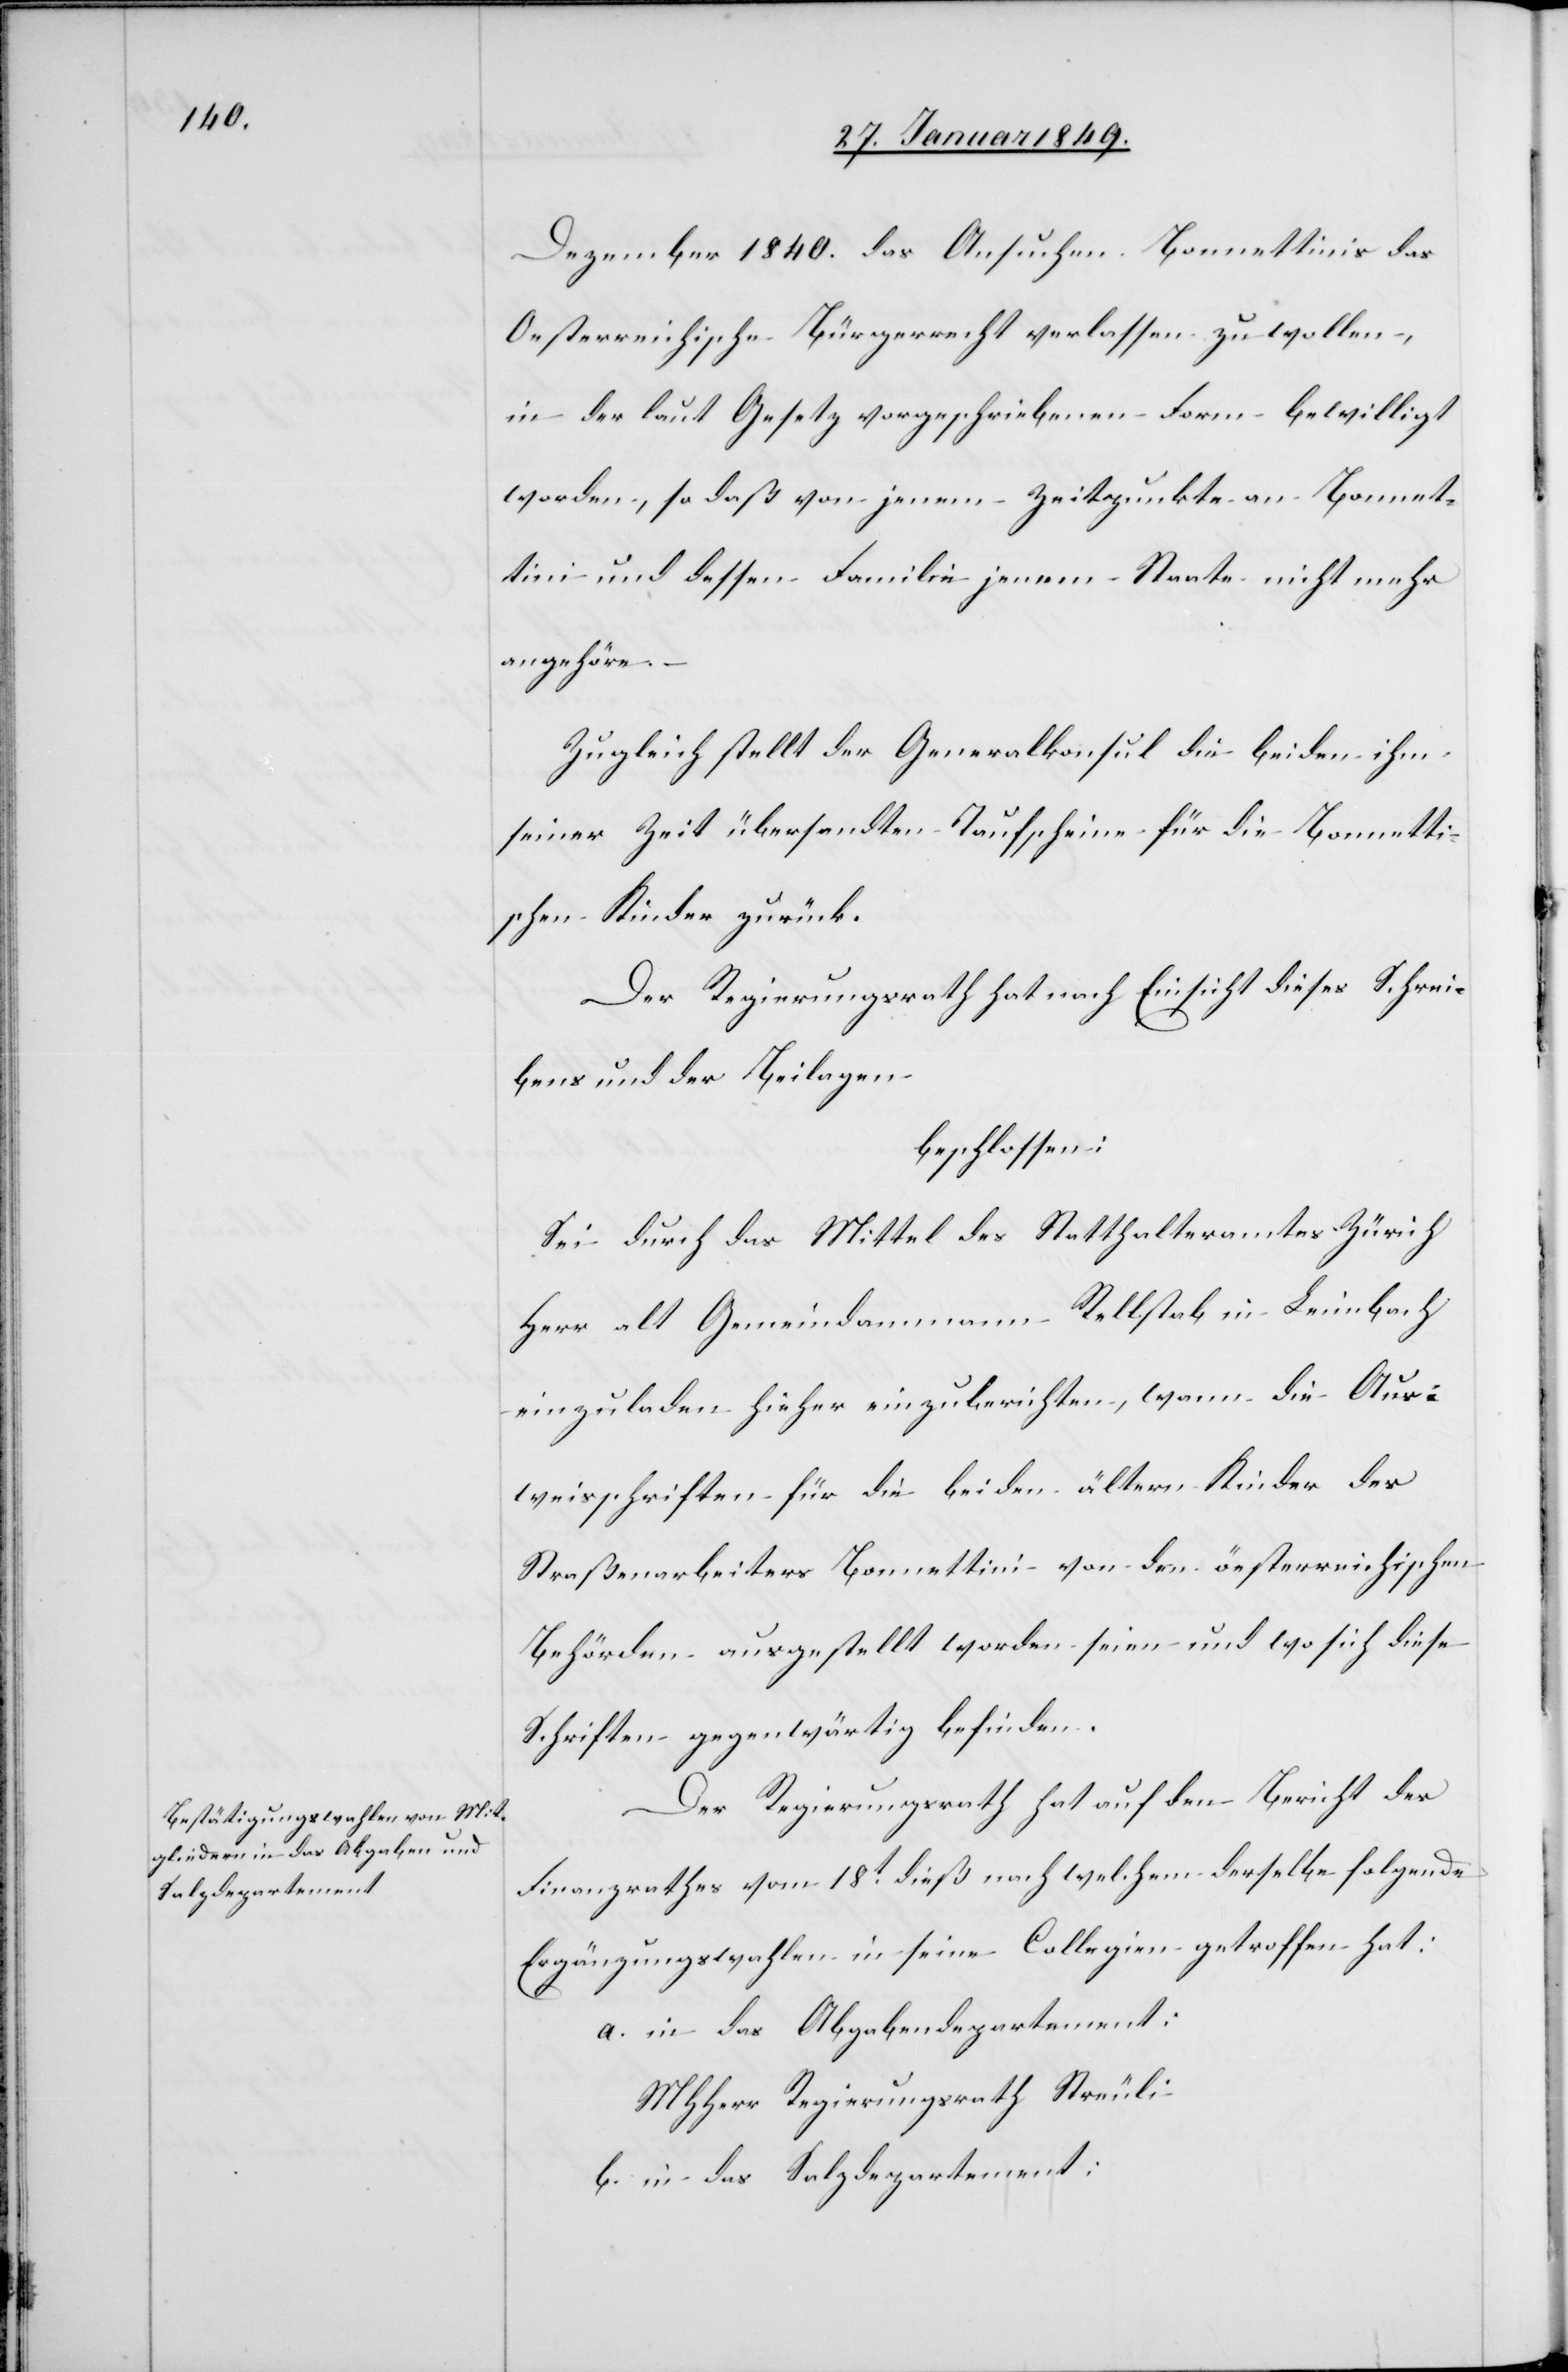
Dezember 1840. das Ansuchen Bonnettinis das
Oesterreichische Bürgerrecht verlassen zu wollen,
in der laut Gesetz vorgeschriebenen Form bewilligt
worden, so daß von jenem Zeitpunkte an Bonnet¬
tini und dessen Familie jenem Staate nicht mehr
angehöre.
Zugleich stellt der Generalkonsul die beiden ihm
seiner Zeit übersandten Taufscheine für die Bonnetti¬
nischen Kinder zurück.
Der Regierungsrath hat nach Einsicht dieses Schrei¬
bens und der Beilagen
beschlossen:
Sei durch das Mittel des Statthalteramtes Zürich
Herr alt Gemeindammann Rellstab in Leimbach
einzuladen hieher einzuberichten, wann die Aus¬
weisschriften für die beiden ältern Kinder des
Straßenarbeiters Bonnettini von den österreichischen
Behörden ausgestellt worden seien und wo sich diese
Schriften gegenwärtig befinden.
Der Regierungsrath hat auf den Bericht des
Finanzrathes vom 18t. dieß nach welchem derselbe folgende
Ergänzungswahlen in seine Collegien getroffen hat:
a. in das Abgabendepartement:
MHHerr Regierungsrath Streuli
b. in das Salzdepartement: